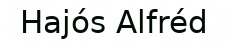
Hajós Alfréd